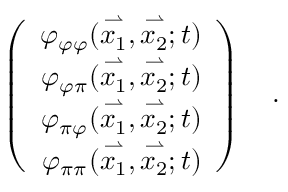
\left( \begin{array} { c c } { { \varphi _ { \varphi \varphi } } } & { { \hskip - 2 \arraycolsep ( \stackrel { \rightharpoonup } { x _ { 1 } } , \stackrel { \rightharpoonup } { x _ { 2 } } ; t ) } } \\ { { \varphi _ { \varphi \pi } } } & { { \hskip - 2 \arraycolsep ( \stackrel { \rightharpoonup } { x _ { 1 } } , \stackrel { \rightharpoonup } { x _ { 2 } } ; t ) } } \\ { { \varphi _ { \pi \varphi } } } & { { \hskip - 2 \arraycolsep ( \stackrel { \rightharpoonup } { x _ { 1 } } , \stackrel { \rightharpoonup } { x _ { 2 } } ; t ) } } \\ { { \varphi _ { \pi \pi } } } & { { \hskip - 2 \arraycolsep ( \stackrel { \rightharpoonup } { x _ { 1 } } , \stackrel { \rightharpoonup } { x _ { 2 } } ; t ) } } \end{array} \right) \ \ \ .